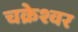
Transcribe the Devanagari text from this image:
चक्रेश्वर